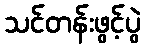
သင်တန်းဖွင့်ပွဲ